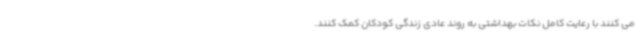
می کنند با رعایت کامل نکات بهداشتی به روند عادی زندگی کودکان کمک کنند.